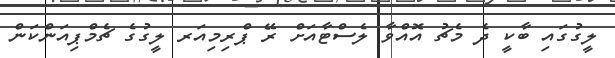
ލީގުގައި ބާކީ ދެ މެޗު އޮއްވާ ލެސްޓާއަށް ރޭ ޕްރިމިއަރ ލީގުގެ ޗެމްޕިއަންކަން